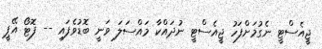
ޖީއެސްޓީ ނެގުމަށްފަހު ޖީއެސްޓީ ނުދައްކާ މައްސަލަ ވަނީ ބޮޑުވެފައި -- ފޮޓޯ އޭޕީ